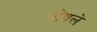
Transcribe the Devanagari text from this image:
भोंषले